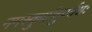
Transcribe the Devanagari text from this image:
नमस्कुर्यादुपर्यधः